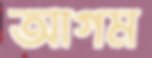
আগম